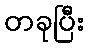
တခုပြီး